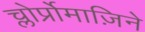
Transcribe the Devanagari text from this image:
च्लोर्प्रोमाज़िने